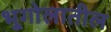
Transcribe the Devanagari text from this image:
भूगोलातील